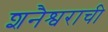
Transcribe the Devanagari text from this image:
शनैश्वराची